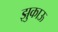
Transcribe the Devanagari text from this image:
झुकाऊ